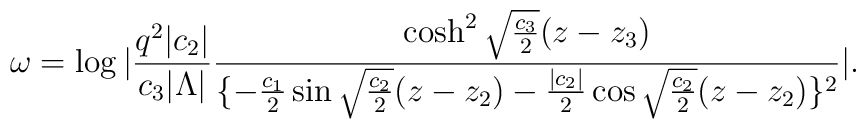
\omega=\log|{q^2|c_2|\over  c_3|\Lambda|}{\cosh^2\sqrt{c_3\over 2}(z-z_3)\over\{-{c_1\over2}\sin\sqrt{c_2\over 2}(z-z_2)-{|c_2|\over2}\cos\sqrt{c_2\over 2}(z-z_2)\}^2}|.